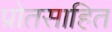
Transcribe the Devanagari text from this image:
प्रोतसाहित